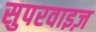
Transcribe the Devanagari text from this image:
सुपरवाइज़